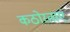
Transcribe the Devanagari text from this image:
कठोरताएं